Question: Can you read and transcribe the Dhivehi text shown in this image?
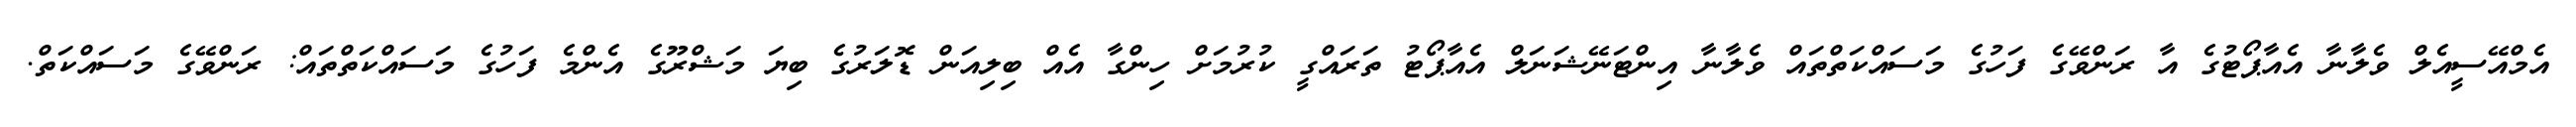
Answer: އެމްއޭސީއެލް ވެލާނާ އެއާޕޯޓުގެ އާ ރަންވޭގެ ފަހުގެ މަސައްކަތްތައް ވެލާނާ އިންޓަނޭޝަނަލް އެއާޕޯޓު ތަރައްގީ ކުރުމަށް ހިންގާ އެއް ބިލިއަން ޑޮލަރުގެ ބިޔަ މަޝްރޫގެ އެންމެ ފަހުގެ މަސައްކަތްތައް: ރަންވޭގެ މަސައްކަތް.